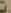
: